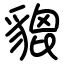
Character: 貔